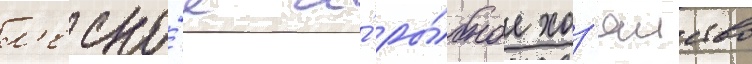
л'есно́е и́ ры́бное хоз'яиство